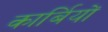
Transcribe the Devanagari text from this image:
कार्बियों